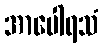
အာပေါရသံ